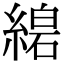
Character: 𦃧